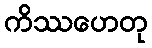
ကိဿဟေတု